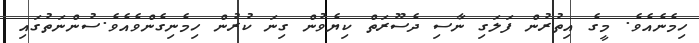
ހިމެނެއެވެ. މީގެ އިތުރުން ފަލަގި ނާސި ދެސޫރަތް ކިޔެވުން ގިނަ ކުރުން ހިމެނިގެންވެއެވެ.ސުންނަތުގައި